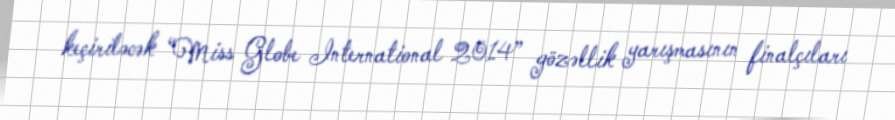
keçiriləcək “Miss Globe International 2014” gözəllik yarışmasının finalçıları